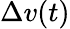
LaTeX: \Delta v(t)